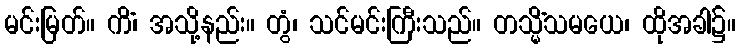
မင်းမြတ်။ ကိံ၊ အသို့နည်း။ တွံ၊ သင်မင်းကြီးသည်။ တသ္မိံသမယေ၊ ထိုအခါ၌။